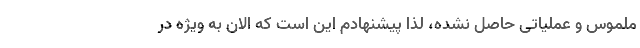
ملموس و عملیاتی حاصل نشده، لذا پیشنهادم این است که الان به ویژه در